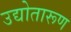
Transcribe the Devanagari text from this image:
उद्योतारूण